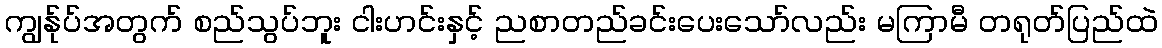
ကျွန်ုပ်အတွက် စည်သွပ်ဘူး ငါးဟင်းနှင့် ညစာတည်ခင်းပေးသော်လည်း မကြာမီ တရုတ်ပြည်ထဲ